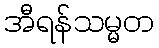
အီရန်သမ္မတ